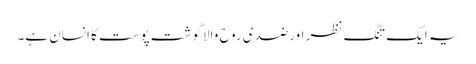
یہ ایک تنگ نظر اورضدی روح والا گوشت پوست کا انسان ہے۔